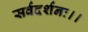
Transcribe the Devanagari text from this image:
सर्वदर्शनः।।